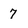
Character: 7